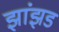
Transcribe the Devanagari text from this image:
झांझड